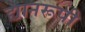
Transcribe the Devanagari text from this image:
द्यानरूपी